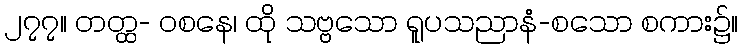
၂၇၇။ တတ္ထ- ဝစနေ၊ ထို သဗ္ဗသော ရူပသညာနံ-စသော စကား၌။